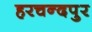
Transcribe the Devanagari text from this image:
हरचन्‍दपुर